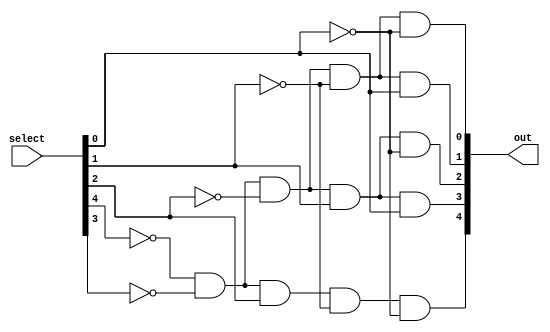
module DECODE_5_32(
	select,
	out
);

parameter SELECT_WIDTH = 5;
parameter OUT_WIDTH = 32;

input [SELECT_WIDTH-1:0] select;
output [SELECT_WIDTH-1:0] out;

	assign out[0] = (~select[4]) & (~select[3]) & (~select[2]) & (~select[1]) & (~select[0]);
	assign out[1] = (~select[4]) & (~select[3]) & (~select[2]) & (~select[1]) & (select[0]);
	assign out[2] = (~select[4]) & (~select[3]) & (~select[2]) & (select[1]) & (~select[0]);
	assign out[3] = (~select[4]) & (~select[3]) & (~select[2]) & (select[1]) & (select[0]);
	assign out[4] = (~select[4]) & (~select[3]) & (select[2]) & (~select[1]) & (~select[0]);
	assign out[5] = (~select[4]) & (~select[3]) & (select[2]) & (~select[1]) & (select[0]);
	assign out[6] = (~select[4]) & (~select[3]) & (select[2]) & (select[1]) & (~select[0]);
	assign out[7] = (~select[4]) & (~select[3]) & (select[2]) & (select[1]) & (select[0]);
	assign out[8] = (~select[4]) & (select[3]) & (~select[2]) & (~select[1]) & (~select[0]);
	assign out[9] = (~select[4]) & (select[3]) & (~select[2]) & (~select[1]) & (select[0]);
	assign out[10] = (~select[4]) & (select[3]) & (~select[2]) & (select[1]) & (~select[0]);
	assign out[11] = (~select[4]) & (select[3]) & (~select[2]) & (select[1]) & (select[0]);
	assign out[12] = (~select[4]) & (select[3]) & (select[2]) & (~select[1]) & (~select[0]);
	assign out[13] = (~select[4]) & (select[3]) & (select[2]) & (~select[1]) & (select[0]);
	assign out[14] = (~select[4]) & (select[3]) & (select[2]) & (select[1]) & (~select[0]);
	assign out[15] = (~select[4]) & (select[3]) & (select[2]) & (select[1]) & (select[0]);

	// assign out[16] = (select[4]) & (~select[3]) & (~select[2]) & (~select[1]) & (~select[0]);
	// assign out[17] = (select[4]) & (~select[3]) & (~select[2]) & (~select[1]) & (select[0]);
	// assign out[18] = (select[4]) & (~select[3]) & (~select[2]) & (select[1]) & (~select[0]);
	// assign out[19] = (select[4]) & (~select[3]) & (~select[2]) & (select[1]) & (select[0]);
	// assign out[20] = (select[4]) & (~select[3]) & (select[2]) & (~select[1]) & (~select[0]);
	// assign out[21] = (select[4]) & (~select[3]) & (select[2]) & (~select[1]) & (select[0]);
	// assign out[22] = (select[4]) & (~select[3]) & (select[2]) & (select[1]) & (~select[0]);
	// assign out[23] = (select[4]) & (~select[3]) & (select[2]) & (select[1]) & (select[0]);
	// assign out[24] = (select[4]) & (~select[3]) & (~select[2]) & (~select[1]) & (~select[0]);
	// assign out[25] = (select[4]) & (~select[3]) & (~select[2]) & (~select[1]) & (select[0]);
	// assign out[26] = (select[4]) & (~select[3]) & (~select[2]) & (select[1]) & (~select[0]);
	// assign out[27] = (select[4]) & (~select[3]) & (~select[2]) & (select[1]) & (select[0]);
	// assign out[28] = (select[4]) & (~select[3]) & (select[2]) & (~select[1]) & (~select[0]);
	// assign out[29] = (select[4]) & (~select[3]) & (select[2]) & (~select[1]) & (select[0]);
	// assign out[30] = (select[4]) & (~select[3]) & (select[2]) & (select[1]) & (~select[0]);
	// assign out[31] = (select[4]) & (~select[3]) & (select[2]) & (select[1]) & (select[0]);

endmodule